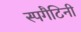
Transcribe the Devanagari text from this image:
स्पगैटिनी